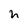
Character: h